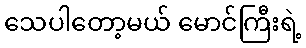
သေပါတော့မယ် မောင်ကြီးရဲ့